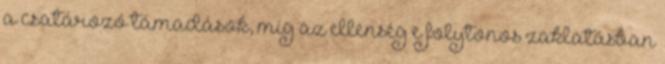
a csatározó támadások, míg az ellenség e folytonos zaklatásban